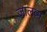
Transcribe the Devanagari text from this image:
जालव्म